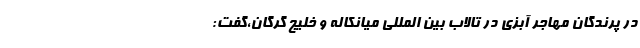
در پرندگان مهاجر آبزی در تالاب بین المللی میانکاله و خلیج گرگان،گفت: